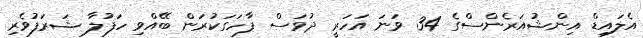
އެލައިޑް އިންޝުއަރެންސްގެ 34 ވަނަ އަހަރީ ދުވަސް ފާހަގަކުރަން ބޭއްވި ހަފުލާ ޝަރަފުވެރި